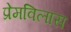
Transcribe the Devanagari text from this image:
प्रेमविलास